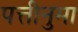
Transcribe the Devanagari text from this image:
पत्तीनुमा